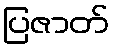
ပြဇာတ်